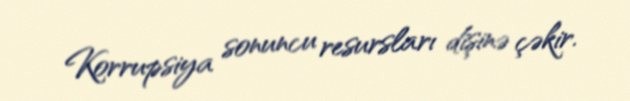
Korrupsiya sonuncu resursları dişinə çəkir.